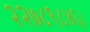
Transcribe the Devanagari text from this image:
२२७८९८४६।